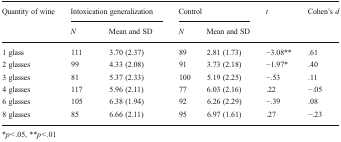
| <ROWSPAN=2> Quantity of wine | <COLSPAN=2> Intoxication generalization | <COLSPAN=2> Control | <ROWSPAN=2> t | <ROWSPAN=2> Cohen’s d |
 | N | Mean and SD | N | Mean and SD |
 | --- | --- | --- | --- | --- | --- | --- |
 | 1 glass | 111 | 3.70 (2.37) | 89 | 2.81 (1.73) | −3.08** | .61 |
 | 2 glasses | 99 | 4.33 (2.08) | 91 | 3.73 (2.18) | −1.97* | .40 |
 | 3 glasses | 81 | 5.37 (2.33) | 100 | 5.19 (2.25) | −.53 | .11 |
 | 4 glasses | 117 | 5.96 (2.11) | 77 | 6.03 (2.16) | .22 | −.05 |
 | 6 glasses | 105 | 6.38 (1.94) | 92 | 6.26 (2.29) | −.39 | .08 |
 | 8 glasses | 85 | 6.66 (2.11) | 95 | 6.97 (1.61) | .27 | −.23 |